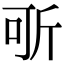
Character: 㪼